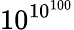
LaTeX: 10^{10^{100}}